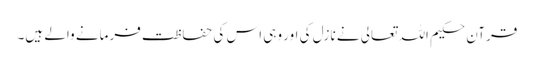
قرآن حکیم اللہ تعالی نے نازل کی اور وہی اس کی حفاظت فرمانے والے ہیں۔